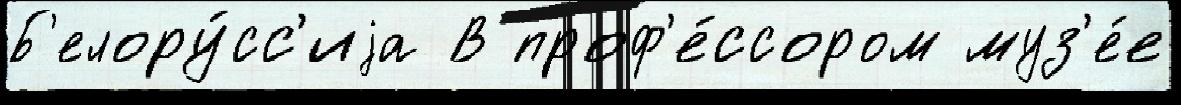
Б'елору́сс'иjа В проф'е́ссором муз'е́е